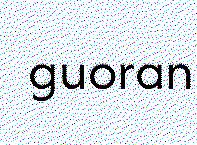
guoran